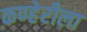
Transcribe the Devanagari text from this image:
कण्हेरीला